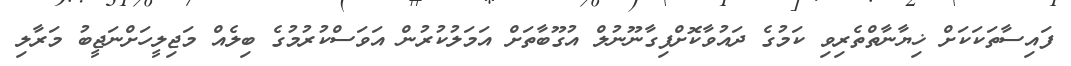
ފައިސާތަކަކަށް ޚިޔާނާތްތެރިވި ކަމުގެ ދައުވާކޮށްފިގާނޫނުލް އުގޫބާތަށް އަމަލުކުރުން އަވަސްކުރުމުގެ ބިލެއް މަޖިލީހަށްނަޖީބު މަރާލި